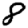
Digit: 8